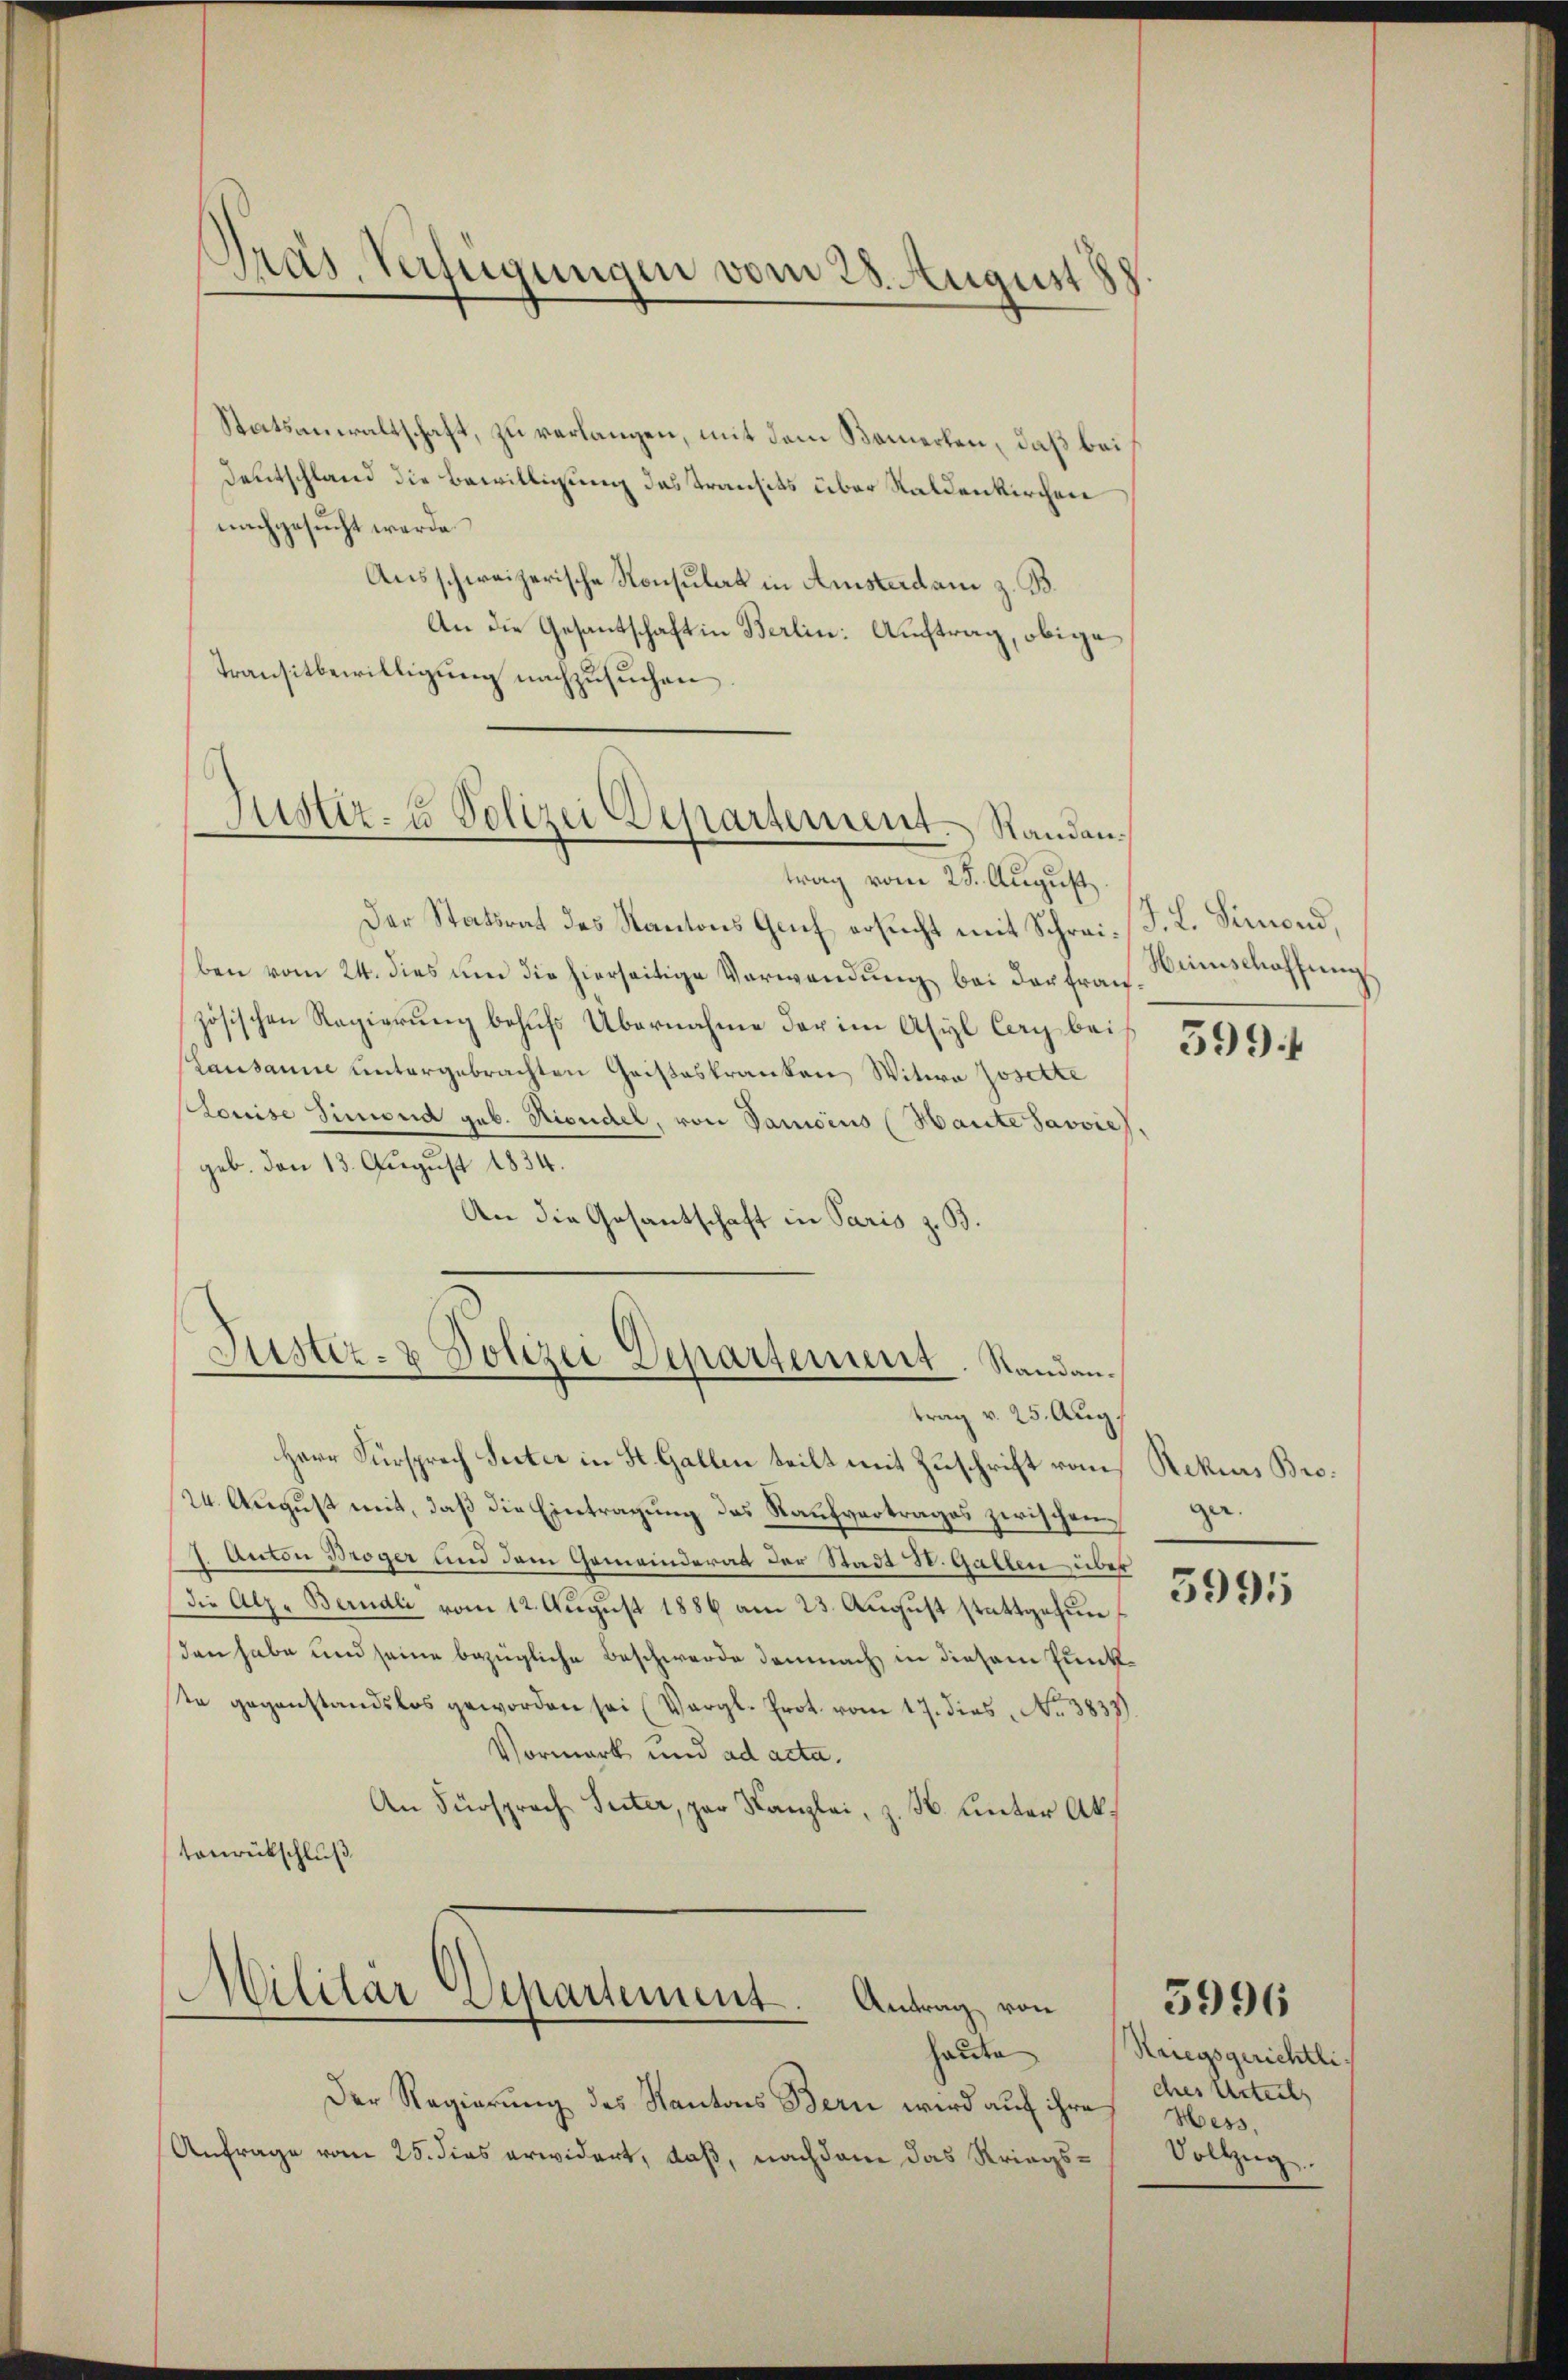
Präs. Verfügungen vom 28. August 88

Statsanwaltschaft, zu verlangen, mit dem Bemerken, daß bei
Deutschland die Bewilligung das Transits über Raldenkirchen
nachgesucht werde.
Ausschweizerische Konsulat in Amsterdam z. B.
An die Gesantschaft in Berlin: Auftrag, obige
Transitbewilligung nachzusuchen
trag vom 25. August
Der Statsrat des Kantons Gruf ersucht mit Schrei- J. L. Simond,
ben vom 24. dies um die hierseitige Verwendung bei der Frau
zösischen Regierung behufs Übernahme der im Asyl Cag bei
Lausanne untergebrachten Geisteskranken Witwe Josette
Louise Hinweid geb. Nicudel, von Vanicius (Haute Javvie).
geb. den 13. August 1834.
An die Gesantschaft in Paris z. B.
Jüster- & Polizei Departement. Standantrag v. 25. Aug.
Herr Fürsprech Seiter in St. Gallen teilt mit Zuschrift vom
24. August mit, daß die Eintragung des Kaufvertrages zwischen
2. Anton Broger und dem Gemeinderat der Stadt d. Gatten über
die Alz- Berndli vom 12. August 1886 am 23. August stattgehun
den habe und seine bezügliche Beschwerde demnach, in diesem Punkte gegenstandslos geworden sei (Vergl. Prot. vom 17. dies No. 3837.
Vormerk und ad acta.
An Fürsprach Seiter, par Kanzlei, z. B. Unter Aktonrückschluß
Militar Separtement. Antrag von
haute
Der Regierung des Kantons Bern wird auf ihre
Anfrage vom 25. dies erwidert, daß, nachdem das Striegs¬

Justiz- & Polizei Departement. Standan¬

Weinschaffung

599

Rekurs Broger.

3995

Kriegsgerichtli
ches Urteils
Hess.
Vollzug.

3996